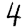
Digit: 4